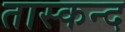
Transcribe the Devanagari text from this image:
तास्कन्द